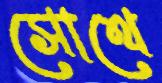
সোথে